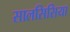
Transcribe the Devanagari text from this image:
सालसिसिया